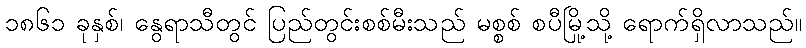
၁၈၆၁ ခုနှစ်၊ နွေရာသီတွင် ပြည်တွင်းစစ်မီးသည် မစ္စစ် စပီမြို့သို့ ရောက်ရှိလာသည်။